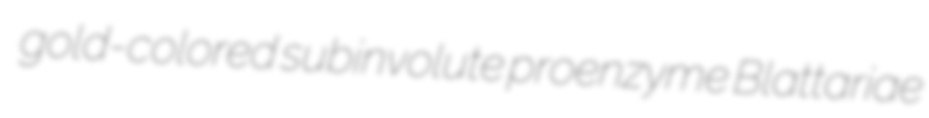
gold-colored subinvolute proenzyme Blattariae